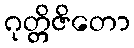
ဂုတ္တိဇိတော